Lunatic asylums Madras 1877-1891 - 1877-1891
Year: 1877
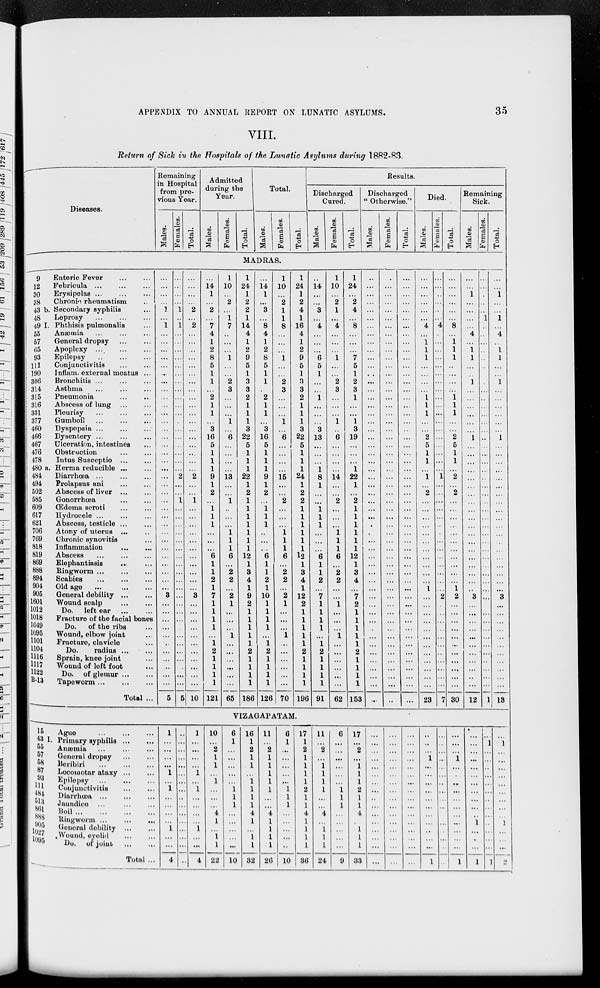
APPENDIX TO ANNUAL REPORT ON LUNATIC ASYLUMS.
35
VIII.
Return of Sick in the Hospitals of the Lunatic Asylums during 1882-83.
Diseases.
Remaining
in Hospital
from pre-
vious Year.
Males.
Females.
Total.
Admitted
during the
Year.
Males.
Females.
Total.
Total.
Males.
Females.
Total.
Results.
Discharged
Cured.
Males.
Females.
Total.
Discharged
" Otherwise."
Males.
Females.
Total.
Died.
Males.
Females.
Total.
Remaining
Sick.
Males.
Females.
Total.
MADRAS.
9
Enteric Fever ... ...
12
Febricula ... ... ...
30
Erysipelas ... ... ...
38
Chronic rheumatism ...
43 b. Secondary syphilis ...
48
Leprosy
...
...
...
49 I. Phthisis pulmonalis ...
55
Anæmia ... ... ...
57
General dropsy ... ...
65
Apoplexy ...
...
...
93
Epilepsy
...
...
...
111
Conjunctivitis ... ...
190
Inflam. external meatus ...
306
Bronchitis ... ... ...
314
Asthma ... ... ...
315
Pneumonia ... ...
316
Abscess of lung ... ...
331
Pleurisy
...
...
...
377
Gumboil
...
...
...
460
Dyspepsia
...
...
...
466
Dysentery ... ... ...
467
Ulceration, intestines ...
476
Obstruction
...
...
478
Intus Susceptio ... ...
480 a. Herma reducible ... ...
484
Diarrhœa ...
...
...
494
Prolapsus ani ... ...
502
Abscess of liver ... ...
585
Gonorrhœa ... ...
609 Œdema scroti
...
...
617
Hydrocele
...
...
...
621
Abscess, testicle ... ...
706
Atony of uterus ... ...
769
Chronic synovitis ...
818
Inflammation ... ...
819
Abscess ... ... ...
869
Elephantiasis ... ...
888
Ringworm ... ... ...
894
Scabies
...
...
...
904
Old age
...
...
...
905
General debility
...
...
1601
Wound scalp ... ...
1012
Do. left ear
...
...
1018
Fracture of the facial bones
1049
Do.
of the ribs ...
1095
Wound, elbow joint ...
1101
Fracture, clavicle ...
1104
Do.
radius
...
...
1116
Sprain, knee joint ...
1117
Wound of left foot ...
1122
Do. of glemur ... ...
B-13
Tapeworm
...
...
...
Total ...
...
...
...
...
1
...
1
...
...
...
...
...
...
...
...
...
...
...
...
...
...
...
...
...
...
...
...
...
...
...
...
...
...
...
...
...
...
...
...
...
3
...
...
...
...
...
...
...
...
...
...
...
5
...
...
...
...
1
...
1
...
...
...
...
...
...
...
...
...
...
...
...
...
...
...
...
...
...
2
...
...
1
...
...
...
...
...
...
...
...
...
...
...
...
...
...
...
...
...
...
...
...
...
...
...
5
...
...
...
...
2
...
2
...
...
...
...
...
...
...
...
...
...
...
...
...
...
...
...
...
...
2
...
...
1
...
...
...
...
...
...
...
...
...
...
...
3
...
...
...
...
...
...
...
...
...
...
...
10
...
14
1
...
2
...
7
4
1
2
8
5
1
1
...
2
1
1
...
3
16
5
1
1
1
9
1
2
...
1
l
l
...
...
...
6
1
1
2
1
7
1
1
1
1
...
1
2
1
1
1
1
121
1
10
...
2
...
1
7
..
...
...
1
...
...
2
3
...
...
...
1
...
6
...
...
...
...
13
...
...
1
...
...
...
1
1
l
6
...
2
2
...
2
1
...
...
...
1
...
...
...
...
...
...
65
1
24
1
2
2
1
14
4
1
2
9
5
1
3
3
2
1
1
1
3
22
5
1
1
1
22
1
2
1
1
1
1
1
1
1
12
1
3
4
1
9
2
1
1
1
1
1
2
1
1
1
1
186
...
14
1
...
3
...
8
4
1
2
8
5
1
1
...
2
1
1
...
3
16
5
1
1
1
9
1
2
...
1
l
l
...
...
...
6
1
1
2
1
10
1
1
1
1
...
1 2
1
1
1
1
126
1
10
...
2
1
1
8
...
...
...
1
...
...
2
3
...
...
...
1
...
6
...
...
...
...
15
...
...
2
...
...
...
1
1
l
6
...
2
2
...
2
1
...
...
...
1
...
...
...
...
...
...
70
1
24
1
2
4
1
16
4
1
2
9
5
1
3
3
2
1
1
1
3
22
5
1
1
1
24
1
2
2
1
1
1
1
1
1
12
1
3
4
1
12
2
1
1
1
1
1
2
1
1
1
1
196
...
14
...
...
3
...
4
...
...
...
6
5
1
...
...
1
...
...
...
3
13
...
...
...
1
8
1
...
...
1
1
1
...
...
...
6
1
1
2
...
7
1
1
1
1
...
1
2
1
1
1
1
91
1
10
...
2
1
...
4
...
...
...
1
...
...
2
3
...
...
...
1
...
6
...
...
...
...
14
...
...
2
...
...
...
1 1
1
6
...
2
2
...
...
1
...
...
...
1
...
...
...
...
...
...
62
1
24
...
2
4
...
8
...
...
...
7
5
1
2
3
1
...
...
1
3
19
...
...
...
1
22
1
...
2
1
1
1
1
1
1
12
1
3
4
...
7
2
1
1
1
1
1
2
1
1
1
1
153
...
...
...
...
...
...
...
...
...
...
...
...
...
...
...
...
...
...
...
...
...
...
...
...
...
...
...
...
...
...
...
...
...
...
...
...
...
...
...
...
...
...
...
...
...
...
...
...
...
...
...
...
...
...
...
...
...
...
...
...
...
...
...
...
...
...
...
...
...
...
...
...
...
...
...
...
...
...
...
...
...
...
...
...
...
...
...
...
...
...
...
...
...
...
...
...
...
...
...
...
...
...
...
...
...
...
...
...
...
...
...
...
...
...
...
...
...
...
...
...
...
...
...
...
...
...
...
...
...
...
...
...
...
...
...
...
...
...
...
...
...
...
...
...
...
...
...
...
...
...
...
...
...
...
...
...
...
...
...
...
...
...
...
...
...
4
...
1
1
1
...
...
...
...
1
1
1
...
...
2
5
1
1
...
1
...
2
...
...
...
...
...
...
...
...
...
...
...
1
...
...
...
...
...
...
...
...
...
...
...
...
23
...
...
...
...
...
...
4
...
...
...
...
...
...
...
...
...
...
...
...
...
...
...
...
...
...
1
...
...
...
...
...
...
...
...
...
...
...
...
...
...
2
...
...
...
...
...
...
...
...
...
...
...
7
...
...
...
...
...
...
8
...
1
1
1
...
...
...
...
1 1
1
...
...
2
5
1
1
...
2
...
2
...
...
...
...
...
...
...
...
...
...
...
1
2
...
...
...
...
...
...
...
...
...
...
...
30
...
...
1
...
...
...
...
4
...
1
1
...
...
1
...
...
...
...
...
...
1
...
...
...
...
...
...
...
...
...
...
...
...
...
...
...
...
...
...
...
3
...
...
...
...
...
...
...
...
...
...
...
12
...
...
...
...
...
1
...
...
...
...
...
...
...
...
...
...
...
...
...
...
...
...
...
...
...
...
...
...
...
...
...
...
...
...
...
...
...
...
...
...
...
...
...
...
...
...
...
...
...
...
...
...
1
...
...
1
...
...
1
...
4
...
1
1
...
...
1
...
...
...
...
...
...
1
...
...
...
...
...
...
...
...
...
...
...
...
...
...
...
...
...
...
...
3
...
...
...
...
...
...
...
...
...
...
...
13
VIZAGAPATAM.
15
Ague
...
...
...
43 I. Primary syphilis ... ...
55
Anæmia ... ... ...
57
General dropsy ... ...
58
Beribiri
...
...
...
87
Locomotar ataxy ... ...
93
Epilepsy
...
...
...
111
Coujunctivitis ... ...
484
Diarrhœa
...
...
...
513 Jaundice ... ... ...
861 Boil
...
...
...
...
888
Ringworm
...
...
...
905
General debility ... ... ...
1027 Wound, eyelid ... ...
1095
Do. of joint
...
...
Total ...
1
...
...
...
...
1
...
1
...
...
...
...
1
...
...
4
...
...
...
...
...
...
...
...
...
...
...
...
...
...
...
...
1
...
...
...
...
1 ...
1
...
...
...
...
1
...
...
4
10
...
2
1
1
...
1
...
...
...
4
1
...
1 1
22
6
1
...
...
...
...
...
1
1
1
...
...
...
...
...
10
16
1
2
1
1
...
1
1
1
1
4
1
...
1
1
32
11
...
2
1
1
1
1
1
...
...
4
1
1
1
1
26
6
1
...
...
...
...
...
1
1
1
...
...
...
...
...
10
17
1
2
1
1
1
1
2
1
1
4
1
1
1
1
36
11
...
2
...
1
1
1
1
...
...
4
...
1
1
1
24
6
...
...
...
...
...
...
1
1
1
...
...
...
...
...
9
17
...
2
...
1
1
1
2
1
1
4
...
1
1
1
33
...
...
...
...
...
...
...
...
...
...
...
...
...
...
...
...
...
...
...
...
...
...
...
...
...
...
...
...
...
...
...
...
...
...
...
...
...
...
...
...
...
...
...
...
...
...
...
...
...
...
...
1
...
...
...
...
...
...
...
...
...
...
...
1
...
...
...
...
...
...
...
...
...
...
...
...
...
...
...
...
...
...
...
1
...
...
...
...
...
...
...
...
...
...
...
1
...
...
...
...
...
...
...
...
...
...
...
1
...
...
...
1
...
1
...
...
...
...
...
...
...
...
...
...
...
...
...
1
...
1
...
...
...
...
...
...
...
...
...
1
...
...
...
2